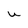
Character: U